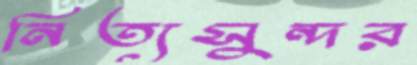
নিত্যসুন্দর